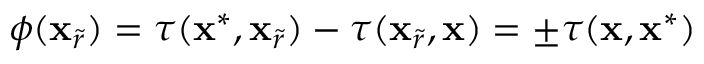
\phi ( \mathbf { x } _ { \widetilde { r } } ) = \tau ( \mathbf { x } ^ { * } , \mathbf { x } _ { \widetilde { r } } ) - \tau ( \mathbf { x } _ { \widetilde { r } } , \mathbf { x } ) = \pm \tau ( \mathbf { x } , \mathbf { x } ^ { * } )